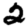
Digit: 2